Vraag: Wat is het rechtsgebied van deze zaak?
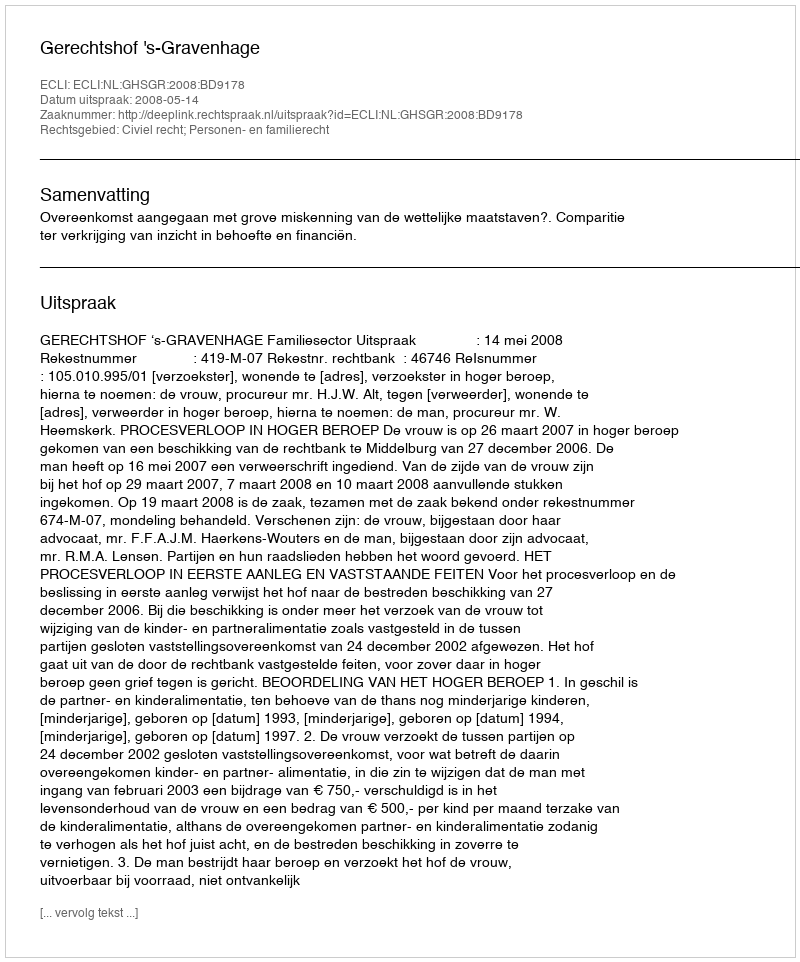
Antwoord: Civiel recht; Personen- en familierecht